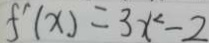
f ^ { \prime } ( x ) = 3 x ^ { 2 } - 2